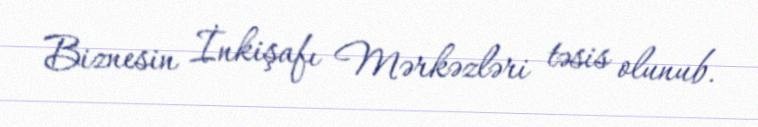
Biznesin İnkişafı Mərkəzləri təsis olunub.